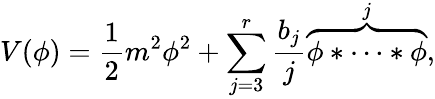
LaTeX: V(\phi)=\frac{1}{2}m^{2}\phi^{2}+\sum_{j=3}^{r}\frac{b_{j}}{j}\overbrace{\phi*\cdots*\phi}^{j},